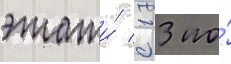
этажи́ с 13 по́